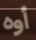
أوه